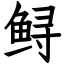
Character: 鲟